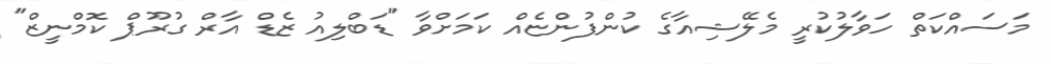
މަސައްކަތް ހަވާލުކުރީ މެލޭޝިއާގެ ކުންފުންޏެއް ކަމަށްވާ "ޑަބްލިއު ޒެޑް އާރް ގުރޫޕް ކޮމްނީޒް"